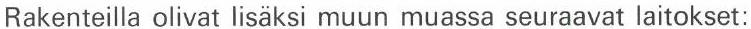
Rakenteilla olivat lisäksi muun muassa seuraavat laitokset: